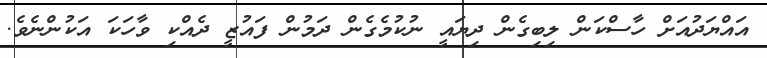
އައްޔަދުއަށް ހާސްކަން ލިބިގެން ދިޔައީ ނުކުމެގެން ދަމުން ފައުޒީ ދެއްކި ވާހަކަ އަކުންނެވެ.